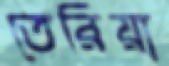
তেরিয়া